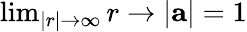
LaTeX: \begin{array}{r}{\operatorname*{lim}_{|r|\to\infty}r\rightarrow|\mathbf{a}|=1}\end{array}